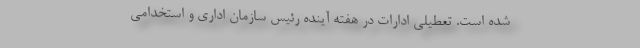
شده است. تعطیلی ادارات در هفته آینده رئیس سازمان اداری و استخدامی